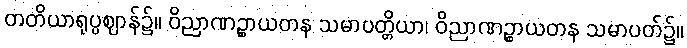
တတိယာရုပ္ပဈာန်၌။ ဝိညာဏဉ္စာယတန သမာပတ္တိယာ၊ ဝိညာဏဉ္စာယတန သမာပတ်၌။